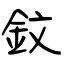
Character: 鈫